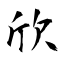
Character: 欣